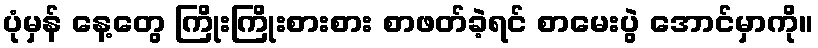
ပုံမှန် နေ့တွေ ကြိုးကြိုးစားစား စာဖတ်ခဲ့ရင် စာမေးပွဲ အောင်မှာကို။